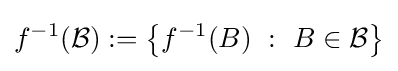
f^{-1}({\mathcal {B}}):=\left\{f^{-1}(B)~:~B\in {\mathcal {B}}\right\}